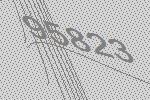
95823